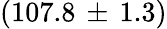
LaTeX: (107.8\, \pm\, 1.3)